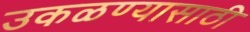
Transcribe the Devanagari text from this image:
उकळण्यासाठी